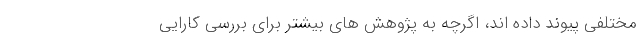
مختلفی پیوند داده اند، اگرچه به پژوهش های بیشتر برای بررسی کارایی